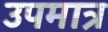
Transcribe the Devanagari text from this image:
उपमात्र